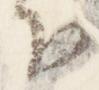
下